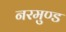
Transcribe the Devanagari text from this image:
नरमुण्ड